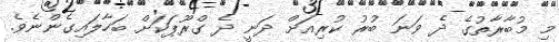
މި މުބާރާތުގެ ދެ ވަނަ ބުރު ކުރިއަށް ދަނީ ދެ ގްރޫޕަކަށް ބަހާލައިގެންނެވެ.